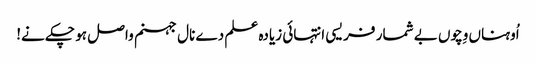
اُوہناں وِچوں بے شمار فریسی انتہائی زیادہ علم دے نال جہنم واصل ہو چکے نے!